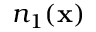
n _ { 1 } ( \mathbf { x } )